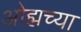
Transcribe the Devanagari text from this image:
ओह्मच्या